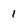
Character: 1